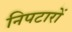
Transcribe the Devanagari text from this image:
निपटारों